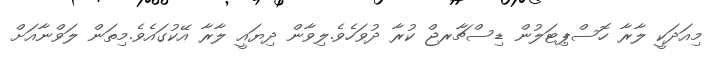
މިއަދަކީ ލާރާ ހޮސްޕިޓަލުން ޑިސްޗާރޖް ކުރާ ދުވަހެވެ.ލިވާން ދިޔައީ ލާރާ އޭކުގައެވެ.މިތަން ލަވްނާއަށް